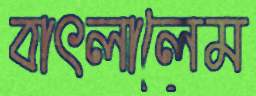
বাৎলালেম